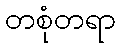
တစုံတရာ